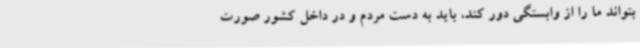
بتواند ما را از وابستگی دور کند، باید به دست مردم و در داخل کشور صورت